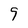
Character: 9